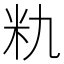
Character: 𮇃